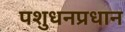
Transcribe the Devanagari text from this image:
पशुधनप्रधान